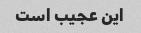
این عجیب است